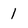
Character: 1